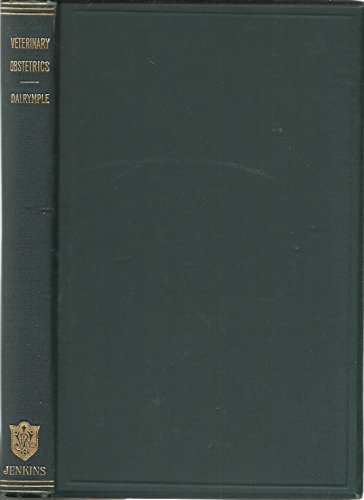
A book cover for Veterinary Obstetrics a Compendium; W. H. Dalrymple; Medical Books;